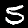
Digit: 5